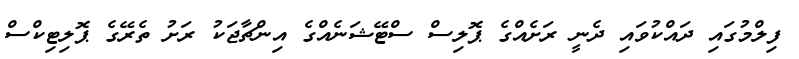
ފިލްމުގައި ދައްކުވައި ދެނީ ރަށެއްގެ ޕޮލިސް ސްޓޭޝަނެއްގެ އިންޗާޖަކު ރަށު ތެރޭގެ ޕޮލިޓިކްސް